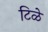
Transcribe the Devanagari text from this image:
टिळे